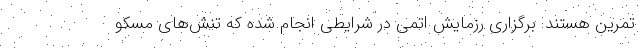
تمرین هستند. برگزاری رزمایش اتمی در شرایطی انجام شده که تنش‌های مسکو